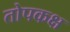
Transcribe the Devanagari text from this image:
तोपकक्ष